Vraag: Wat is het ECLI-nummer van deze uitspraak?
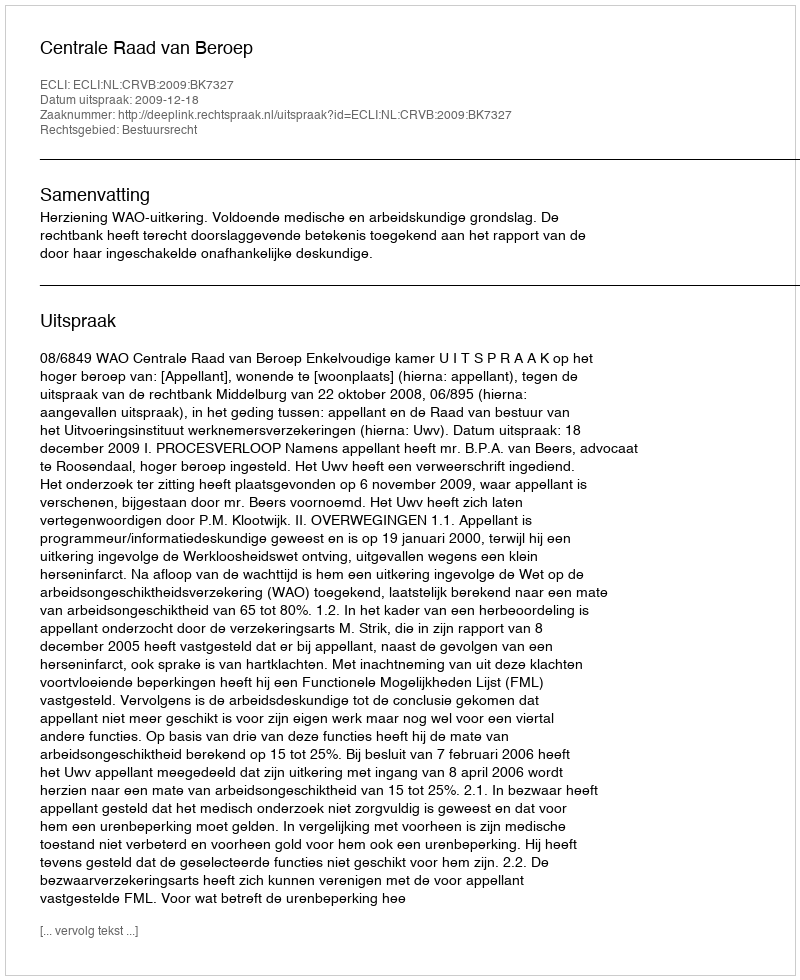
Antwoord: ECLI:NL:CRVB:2009:BK7327